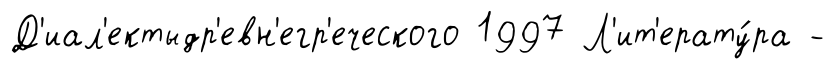
Д'иал'ектыдр'евн'егр'еческого 1997 Л'ит'ерату́ра -